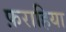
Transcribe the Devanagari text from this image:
फ़राहिया